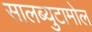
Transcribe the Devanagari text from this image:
सालब्युटामोल